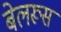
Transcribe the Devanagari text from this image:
बेलरूस